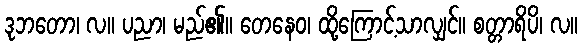
ဒုဘတော၊ လ။ ပညာ၊ မည်၏။ တေနေဝ၊ ထို့ကြောင့်သာလျှင်။ စတ္တာရိပိ၊ လ။